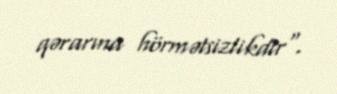
qərarına hörmətsizlikdir".